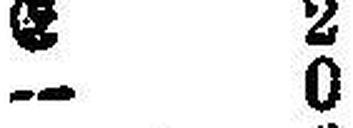
— 0